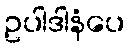
ဥပါဒါနံပေ